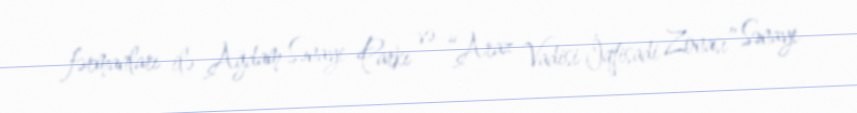
fərmanları ilə Ağdam Sənaye Parkı və “Araz Vadisi İqtisadi Zonası” Sənaye